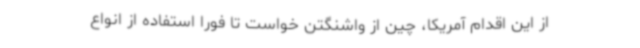
از این اقدام آمریکا، چین از واشنگتن خواست تا فورا استفاده از انواع